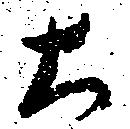
大